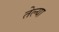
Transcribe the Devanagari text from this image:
तेल्या